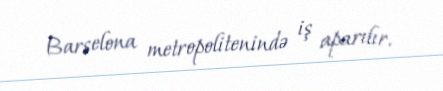
Barselona metropolitenində iş aparılır.